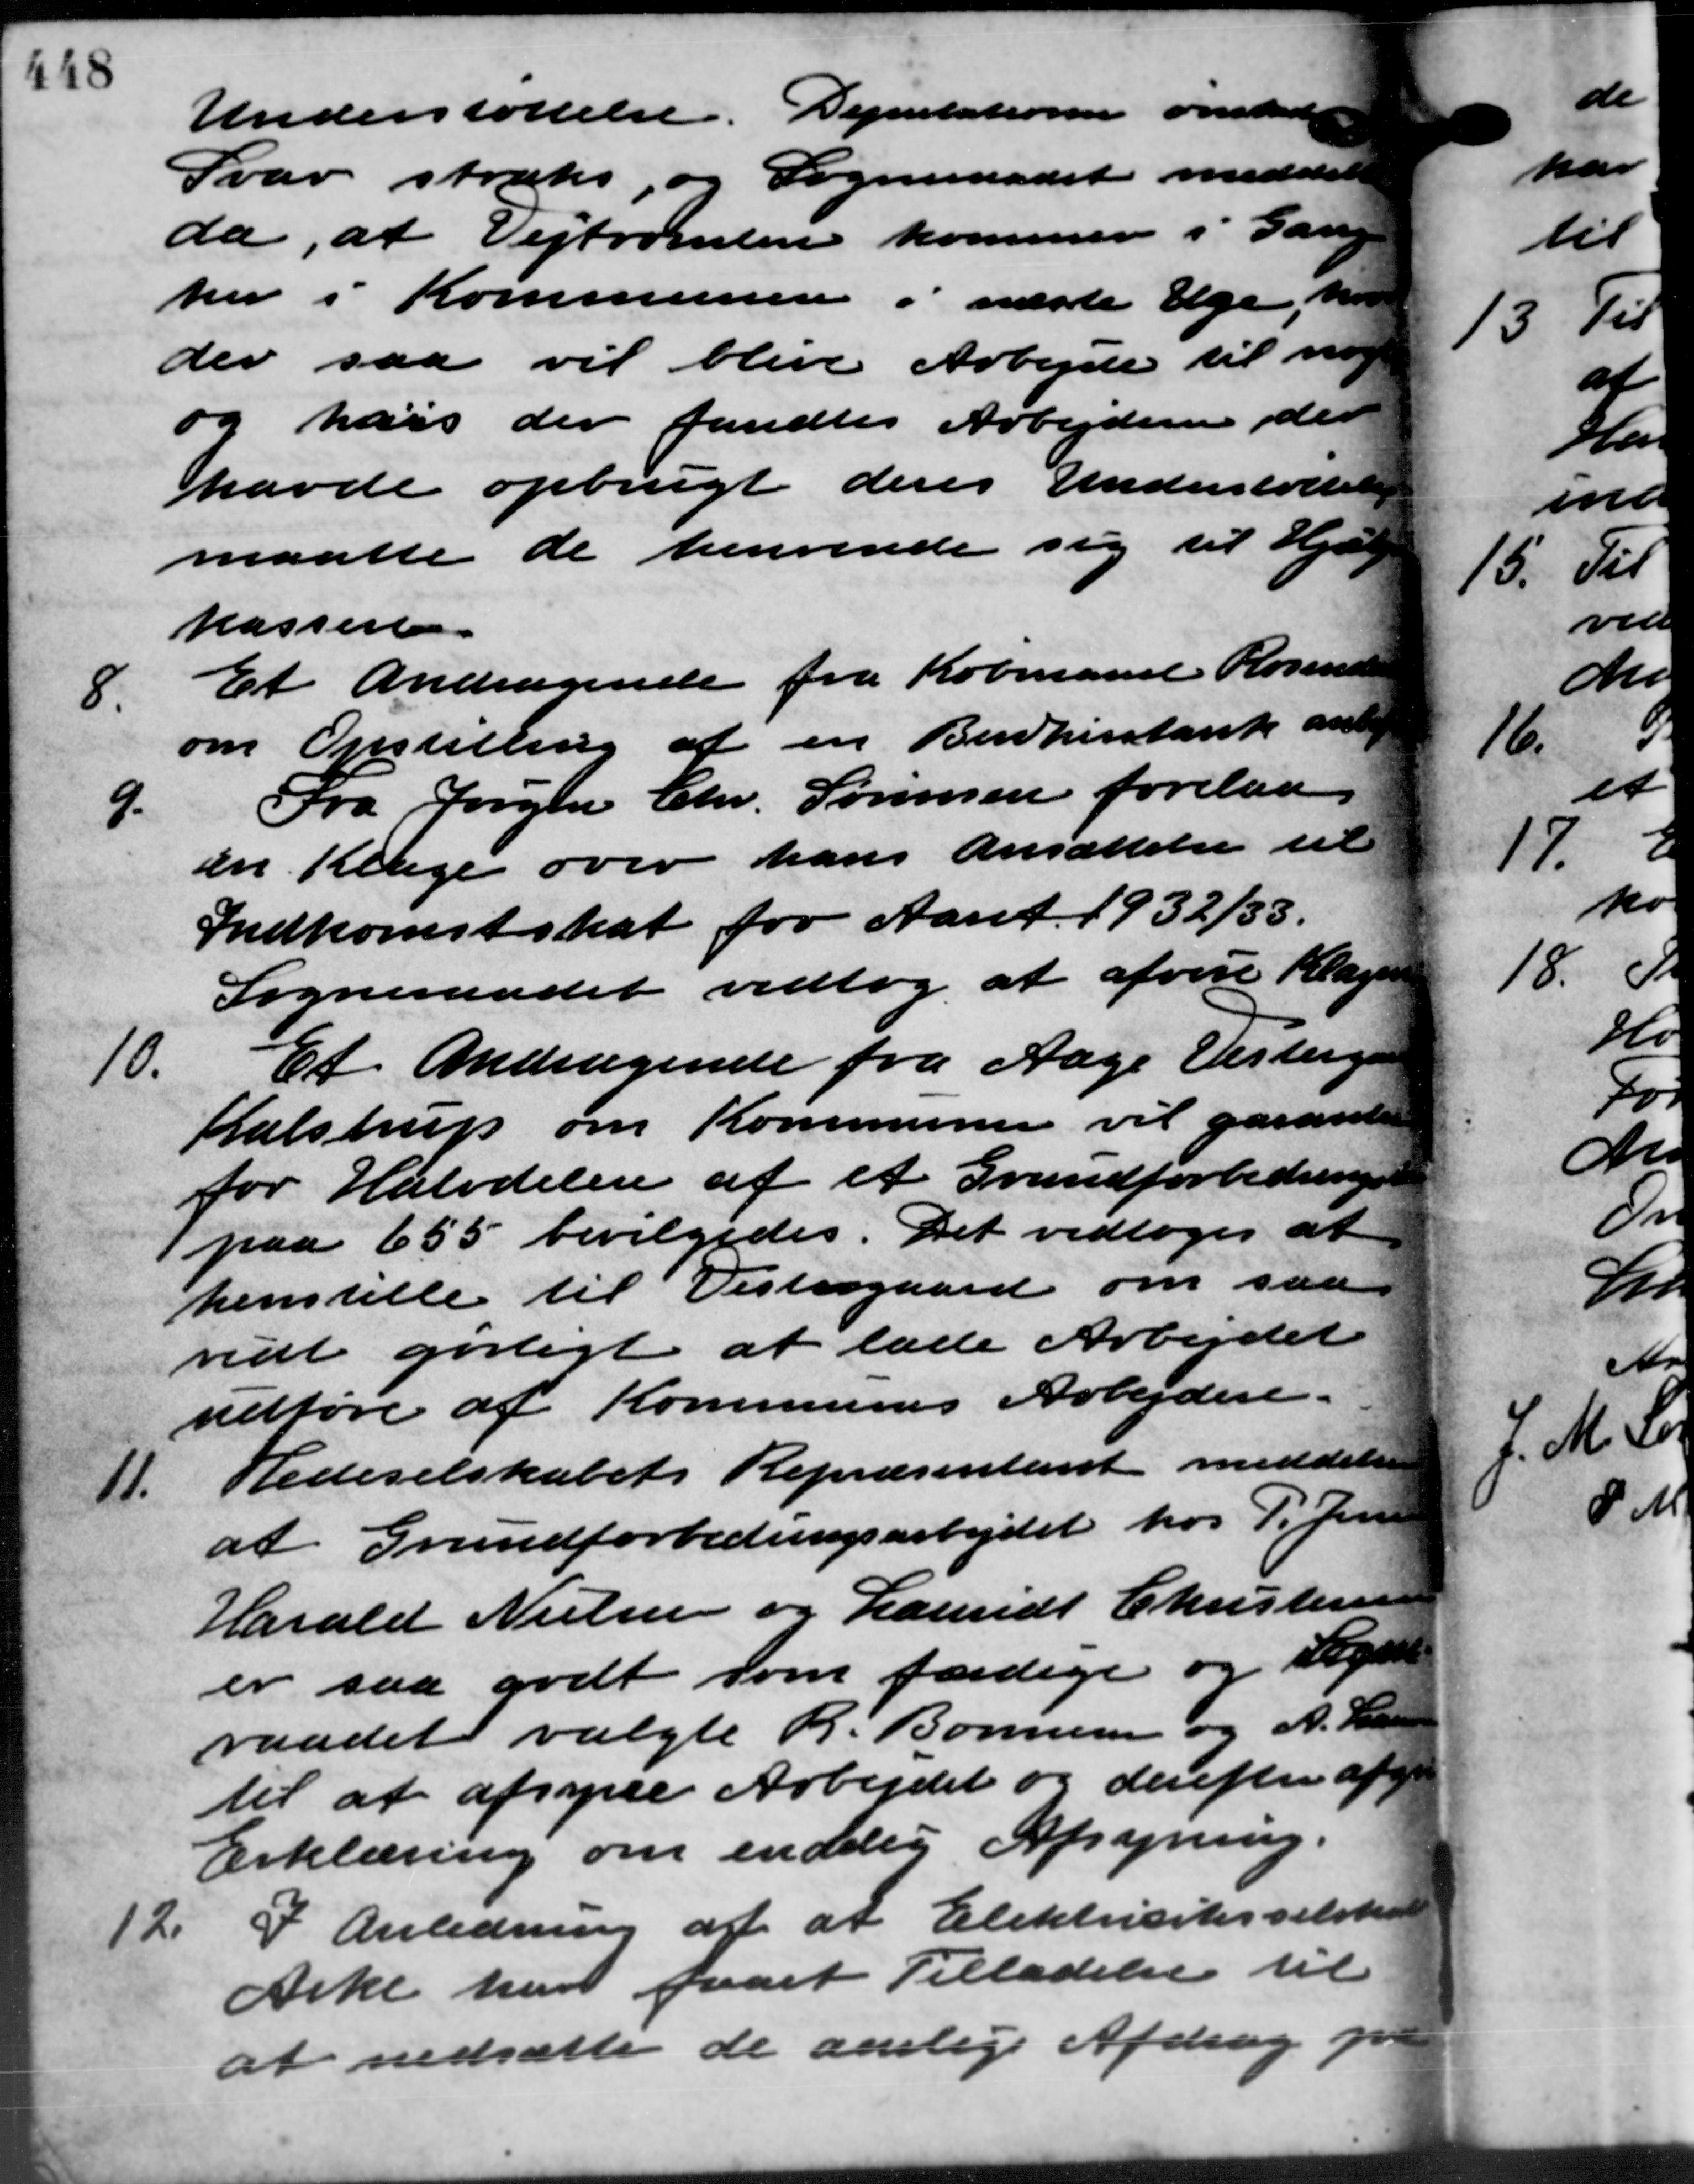
Transskription:
Understøttelse. Dennitationen ønskeste
Svar stræks, og Sogneraadet meddeler
da, at Vejtromlen kommer i Gang
her i Kommunen i næste Ege, har
der saa vil blive Arbejde til nog
og hans der fandtes Arbejderne, der
havde opbrugt deres Understøttelse
maatte de henvende sig til Hjælp
kassere
8.
Et Andragende fra Købmand Rosmuss
om Opstilling af en Benzintank antag
9.
Fra Jørgen Chr. Sørensen forelaa
en Klage over hans Ansættelse til
Indkomstskat for Aaret 1932/33.
Sogneraadet vedtog at afvise Klager
10.
Et Andragende fra Aage Vestergaard
Kalstrup om Kommunen vil garanle
for Halvdelen af et Grundforbedrings
paa 655 bevilgedes. Det vedtoges at
henstille til Vestergaard om saa
vidt gørligt at lade Arbejdet
udføre af Kommunes Arbejdere.
11.
Hedeselskabets Repræsentant meddeler
at Grundforbedringsarbejdet hos P. Jensen
Harald Nielsen og Lauridt Christensen
er saa godt som færdige og Ligele
raadet valgte R. Bonnesen og A. Larsen
til at afsyne Arbejdet og derefter afgi
Erklæring om endelig Afsyning.
12.
I Anledning af at Elektricitesselsten
Arke har faaet Tilladelse til
at nedsætte de aarlige Afdrag paa

1

15.

7.